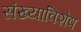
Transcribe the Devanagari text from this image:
संख्याविशेष